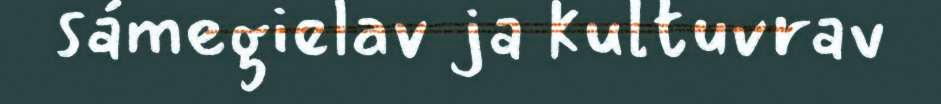
sámegielav ja kultuvrav